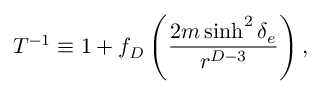
T ^ { - 1 } \equiv 1 + f _ { D } \left( { \frac { 2 m \sinh ^ { 2 } \delta _ { e } } { r ^ { D - 3 } } } \right) ,